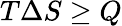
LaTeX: T\Delta S\ge Q